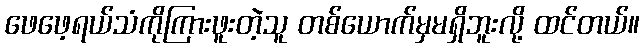
ဖေဖေ့ရယ်သံကိုကြားဖူးတဲ့သူ တစ်ယောက်မှမရှိဘူးလို့ ထင်တယ်။